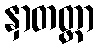
နှာတတ္တာ